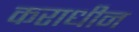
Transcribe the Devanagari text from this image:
कराधीन